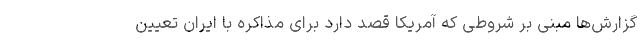
گزارش‌ها مبنی بر شروطی که آمریکا قصد دارد برای مذاکره با ایران تعیین